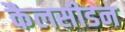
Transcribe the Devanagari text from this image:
कैलसीडन